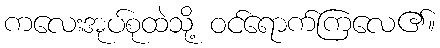
ကလေးအုပ်စုထဲသို့ ဝင်ရောက်ကြလေ၏။